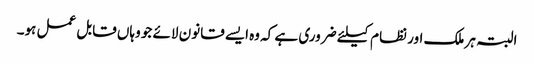
البتہ ہر ملک اور نظام کیلئے ضروری ہے کہ وه ایسے قانون لائے جو وہاں قابل عمل ہو۔